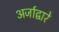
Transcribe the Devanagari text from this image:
अर्जाद्वारे